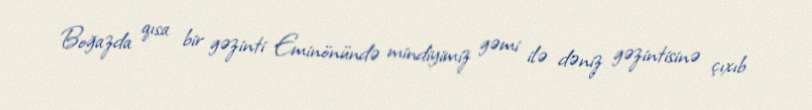
Boğazda qısa bir gəzinti Eminönündə mindiyimiz gəmi ilə dəniz gəzintisinə çıxıb